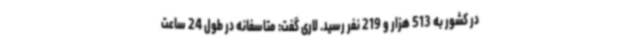
در کشور به 513 هزار و 219 نفر رسید. لاری گفت: متاسفانه در طول 24 ساعت